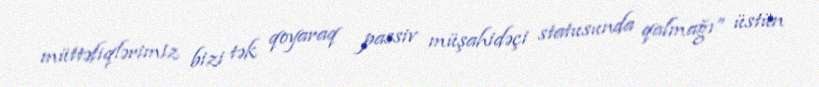
müttəfiqlərimiz bizi tək qoyaraq passiv müşahidəçi statusunda qalmağı” üstün